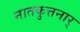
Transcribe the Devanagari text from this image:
नातकुत्तनार्